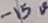
Text: -15V